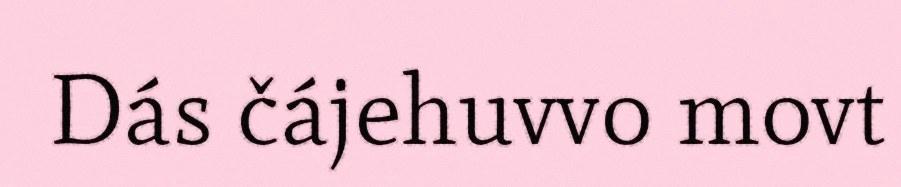
Dás čájehuvvo movt